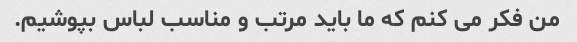
من فکر می کنم که ما باید مرتب و مناسب لباس بپوشیم.